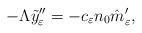
LaTeX: \begin{align*} - \Lambda \tilde{y}_{\varepsilon}'' =-c_{\varepsilon} n_{0} \hat{m}'_{\varepsilon}, \end{align*}